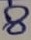
Text: 8